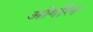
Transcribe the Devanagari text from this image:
ओगोंल